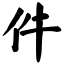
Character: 件